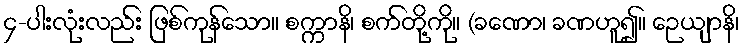
၄-ပါးလုံးလည်း ဖြစ်ကုန်သော။ စက္ကာနိ၊ စက်တို့ကို။ (ခဏော၊ ခဏဟူ၍။ ဉေယျာနိ၊